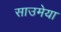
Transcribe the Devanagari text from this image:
साउमेया